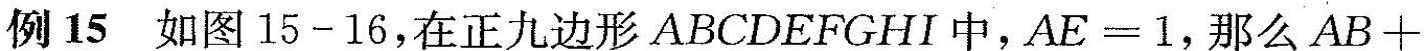
例15 如图15-16，在正九边形ABCDEFGHI中，$$A E = 1$$，那么$$A B +